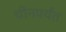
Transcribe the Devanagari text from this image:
चीनपर्यंत